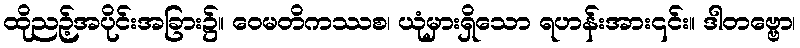
ထိုညဉ့်အပိုင်းအခြား၌။ ဝေမတိကဿစ၊ ယုံမှားရှိသော ရဟန်းအား၎င်း။ ဒါတဗ္ဗော၊